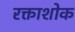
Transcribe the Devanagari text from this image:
रक्ताशोक